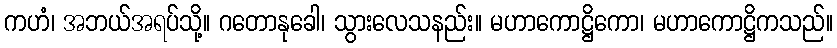
ကဟံ၊ အဘယ်အရပ်သို့။ ဂတောနုခေါ၊ သွားလေသနည်း။ မဟာကောဋ္ဌိကော၊ မဟာကောဋ္ဌိကသည်။